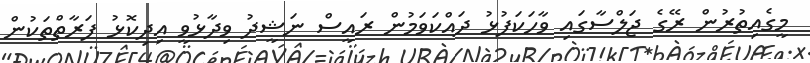
މީގެއިތުރުން ރޭގެ ޖަލްސާގައި ވާހަކަފުޅު ދައްކަވަމުން ރައީސް ނަޝީދު ވިދާޅުވީ އިދިކޮޅު ފަރާތްތަކުން